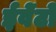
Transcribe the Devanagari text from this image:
ईवेंटों